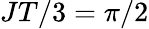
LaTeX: JT/3=\pi/2